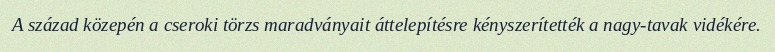
A század közepén a cseroki törzs maradványait áttelepítésre kényszerítették a nagy-tavak vidékére.